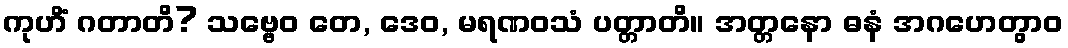
ကုဟိံ ဂတာတိ? သဗ္ဗေဝ တေ, ဒေဝ, မရဏဝသံ ပတ္တာတိ။ အတ္တနော ဓနံ အဂဟေတွာဝ